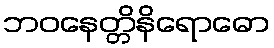
ဘဝနေတ္တိနိရောဓော